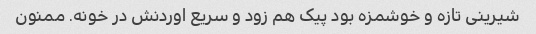
شیرینی تازه و خوشمزه بود پیک هم زود و سریع اوردنش در خونه. ممنون